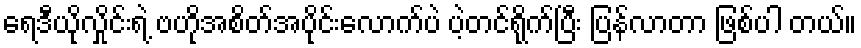
ရေဒီယိုလှိုင်းရဲ့ ဗဟိုအစိတ်အပိုင်းလောက်ပဲ ပဲ့တင်ရိုက်ပြီး ပြန်လာတာ ဖြစ်ပါ တယ်။